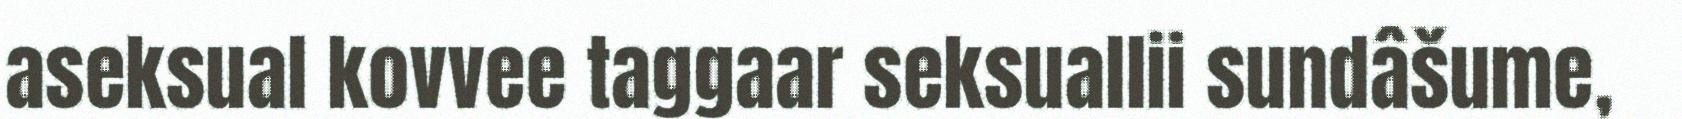
aseksual kovvee taggaar seksuallii sundâšume,